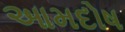
આમદોષ